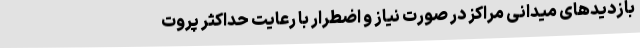
بازدیدهای میدانی مراکز در صورت نیاز و اضطرار با رعایت حداکثر پروت